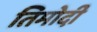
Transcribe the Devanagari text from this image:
तिमोदी